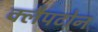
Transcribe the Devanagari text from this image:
क्लैपटोन